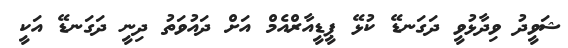
ޝަވީދު ވިދާޅުވީ ދަގަނޑޭ ކުޅޭ ޕީޑީއާރްއެމް އަށް ދައުވަތު ދިނީ ދަގަނޑޭ އަކީ